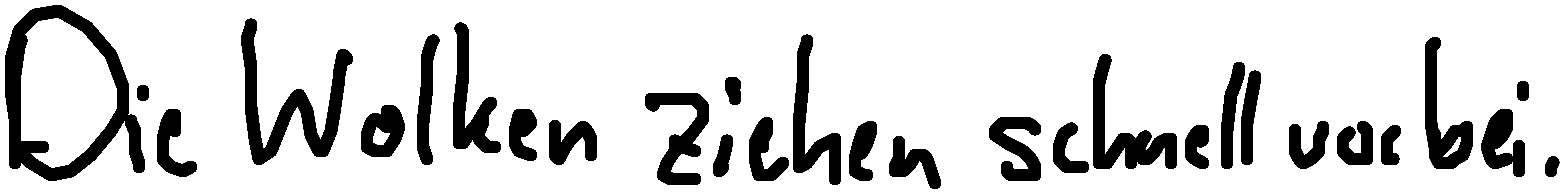
Die Wolken ziehen schnell vorbei.